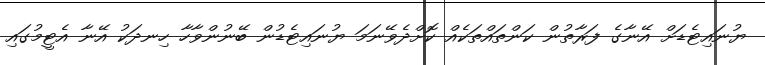
ޔުނައިޓެޑަށް އޭނާގެ ފަރާތުން ކަންތައްތަކެއް ކޮށްދެވޭނަމަ ޔުނައިޓެޑުން ބޭނުންވާހާ ހިނދަކު އޭނާ އެޓީމުގައި